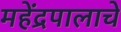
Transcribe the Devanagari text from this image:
महेंद्रपालाचे